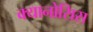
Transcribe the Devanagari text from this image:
क्यानोसिस